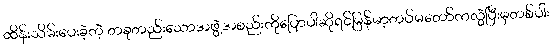
ထိန်းသိမ်းပေးခဲ့တဲ့ တခုတည်းသောအဖွဲ့အစည်းကိုပြောပါဆိုရင်မြန်မာ့တပ်မတော်ကလွဲပြီးမှတစ်ပါး